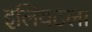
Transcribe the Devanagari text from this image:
इलियटला